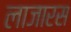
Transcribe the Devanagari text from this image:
लाजारस